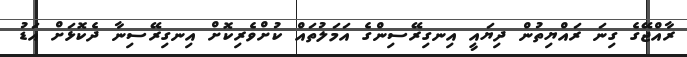
ރާއްޖޭގެ ގިނަ ރައްޔިތުން ދިޔައީ އިނގިރޭސިންގެ އަމަލުތައް ކުށްވެރިކޮށް އިނގިރޭސިނާ ދެކޮޅަށް އަޑު